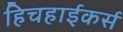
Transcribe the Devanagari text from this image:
हिचहाईकर्स